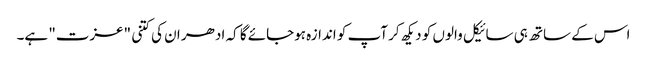
اس کے ساتھ ہی سائیکل والوں کو دیکھ کر آپ کو اندازہ ہوجائے گا کہ ادھر ان کی کتنی "عزت" ہے۔